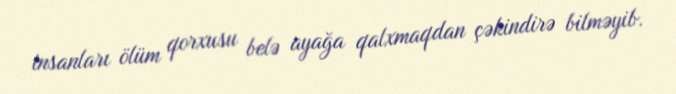
insanları ölüm qorxusu belə ayağa qalxmaqdan çəkindirə bilməyib.